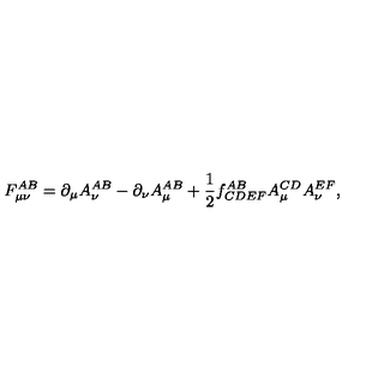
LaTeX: F _ { \mu \nu } ^ { A B } = \partial _ { \mu } A _ { \nu } ^ { A B } - \partial _ { \nu } A _ { \mu } ^ { A B } + \frac { 1 } { 2 } f _ { C D E F } ^ { A B } A _ { \mu } ^ { C D } A _ { \nu } ^ { E F } ,